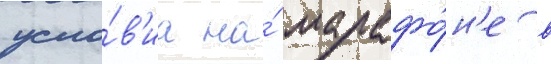
усло́в'иа на́ марафо́н'е в